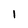
Character: 1